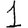
Digit: 1